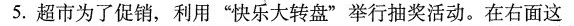
5.超市为了促销，利用“快乐大转盘”举行抽奖活动。在右面这